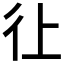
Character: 𱝫